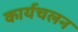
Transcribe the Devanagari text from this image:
कार्यचलन